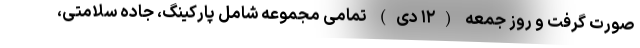
صورت گرفت و روز جمعه (۱۲ دی) تمامی مجموعه شامل پارکینگ، جاده سلامتی،